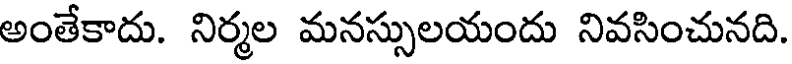
అంతేకాదు. నిర్మల మనస్సులయందు నివసించునది.